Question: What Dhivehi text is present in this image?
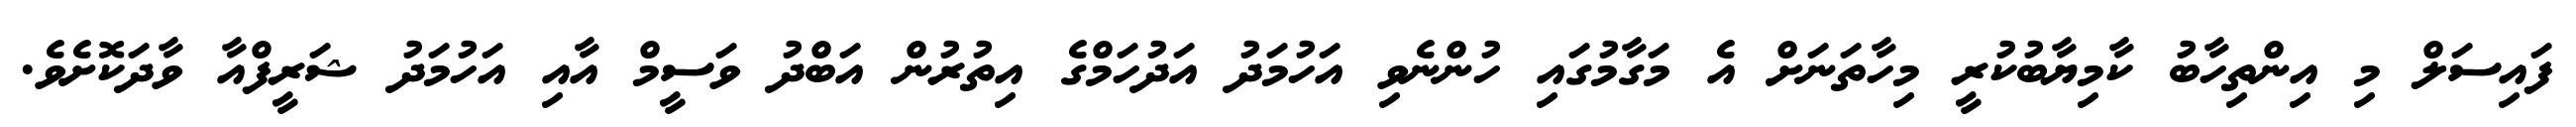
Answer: ފައިސަލް މި އިންތިހާބު ކާމިޔާބުކުރީ މިހާތަނަށް އެ މަގާމުގައި ހުންނެވި އަހުމަދު އަދުހަމްގެ އިތުރުން އަބްދު ވަސީމް އާއި އަހުމަދު ޝަރީފްއާ ވާދަކޮށެވެ.